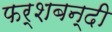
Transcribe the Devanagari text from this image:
फर्शबन्दी